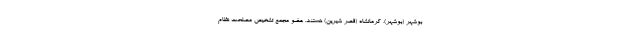
بوشهر (بوشهر)، کرمانشاه (قصر شیرین) هستند. عضو مجمع تشخیص مصلحت نظام